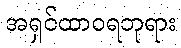
အရှင်ထာဝရဘုရား